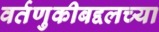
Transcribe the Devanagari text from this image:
वर्तणुकीबद्दलच्या